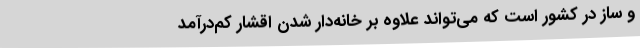
و ساز در کشور است که می‌تواند علاوه بر خانه‌دار شدن اقشار کم‌درآمد